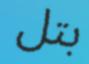
بتل